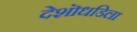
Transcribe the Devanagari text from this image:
देशॊधडिला